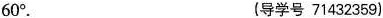
60^{\circ}. (导学号71432359)